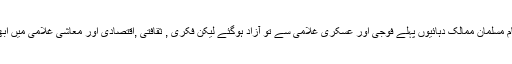
أفسوس تو یہی ہے کہ تمام مسلمان ممالک دہائیوں پہلے فوجی اور عسکری غلامی سے تو آزاد ہوگئے لیکن فکری , ثقافتی ,اقتصادی اور معاشی غلامی میں ابھی تک جکڑے ہوئے ہیں۔